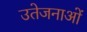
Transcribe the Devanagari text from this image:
उतेजनाओं